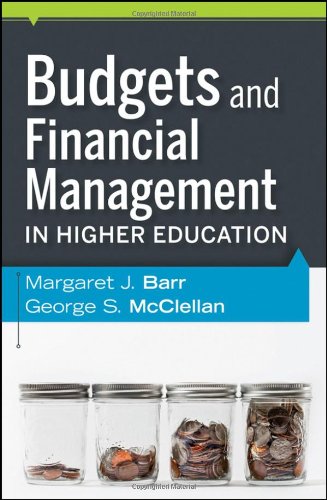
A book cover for Budgets and Financial Management in Higher Education; Margaret J. Barr; Education & Teaching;